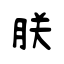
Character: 朕